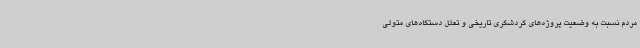
مردم نسبت به وضعیت پروژه‌های گردشگری تاریخی و تعلل دستگاه‌های متولی